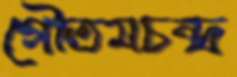
গৌতমচন্দ্র